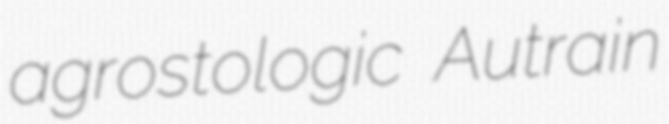
agrostologic Autrain